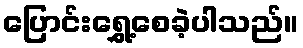
ပြောင်းရွှေ့စေခဲ့ပါသည်။